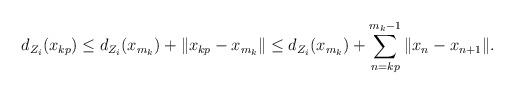
LaTeX: \begin{align*}d_{Z_i}(x_{kp}) \leq d_{Z_i}(x_{m_k}) + \|x_{kp}-x_{m_k}\|\leq d_{Z_i}(x_{m_k}) + \sum_{n=kp}^{m_k-1}\|x_n-x_{n+1}\|.\end{align*}